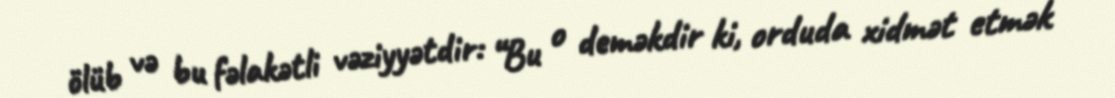
ölüb və bu fəlakətli vəziyyətdir: “Bu o deməkdir ki, orduda xidmət etmək